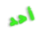
أحد